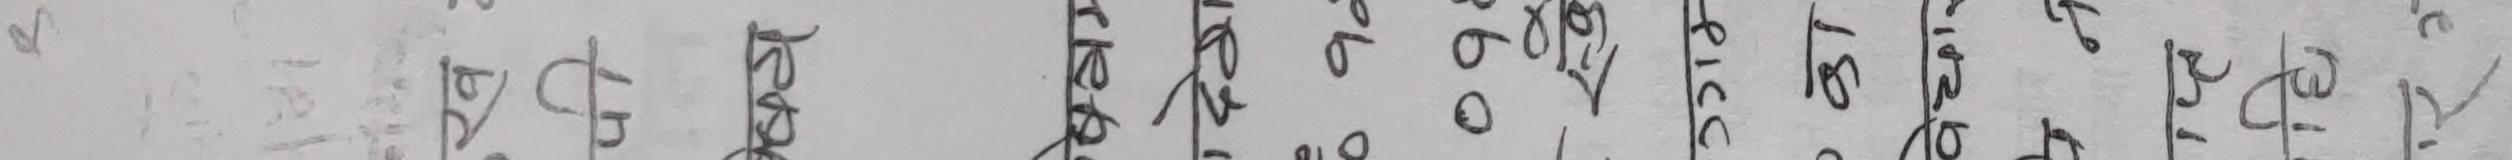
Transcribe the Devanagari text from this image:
प्रदान गर्दछ ।